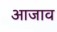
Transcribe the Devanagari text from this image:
आजाव